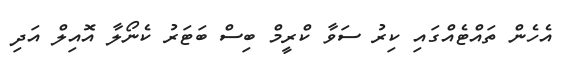
އެހެން ތައްޓެއްގައި ކިރު ސަވާ ކްރީމް ބިސް ބަޓަރު ކެނޯލާ އޮއިލް އަދި